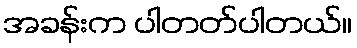
အခန်းက ပါတတ်ပါတယ်။